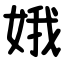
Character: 娥